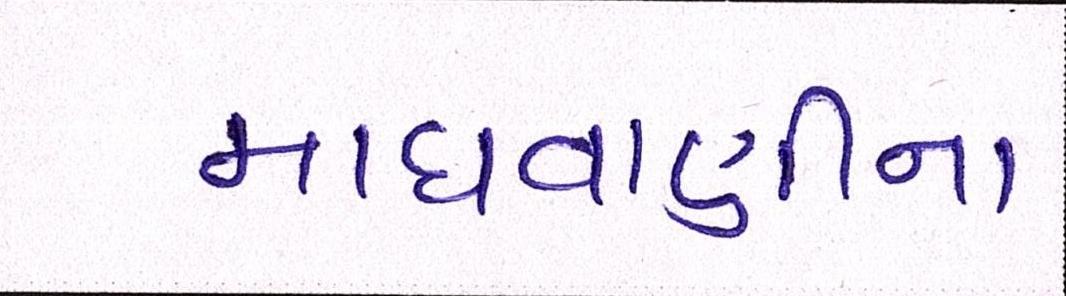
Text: માધવાણીના